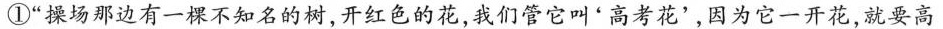
①”操场那边有一棵不知名的树，开红色的花，我们管它叫'高考花'，因为它一开花，就要高